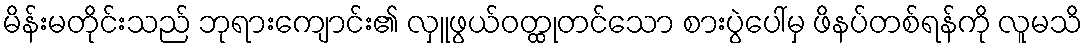
မိန်းမတိုင်းသည် ဘုရားကျောင်း၏ လှူဖွယ်ဝတ္ထုတင်သော စားပွဲပေါ်မှ ဖိနပ်တစ်ရန်ကို လူမသိ